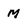
Character: m